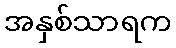
အနှစ်သာရက